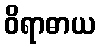
ဝိရာဓာယ